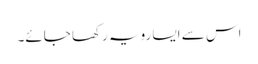
اس سے ایسا رویہ رکھا جائے۔